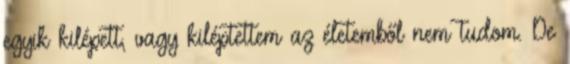
egyik kilépett, vagy kiléptettem az életemből nem tudom. De